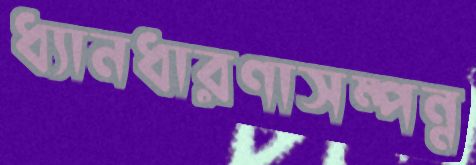
ধ্যানধারণাসম্পন্ন